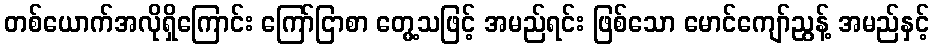
တစ်ယောက်အလိုရှိကြောင်း ကြော်ငြာစာ တွေ့သဖြင့် အမည်ရင်း ဖြစ်သော မောင်ကျော်ညွန့် အမည်နှင့်